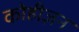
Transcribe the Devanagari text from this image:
कोहीज़न